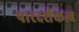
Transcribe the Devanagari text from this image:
पारदर्शकत्व